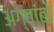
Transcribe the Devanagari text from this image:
अग्वांबो